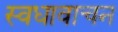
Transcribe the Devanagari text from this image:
स्वधावाचन